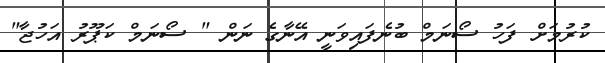
ކުރުމަށް ފަހު ސޯނަމް ބުނެފައިވަނީ އޭނާގެ ނަން " ސޯނަމް ކަޕޫރު އަހުޖާ"